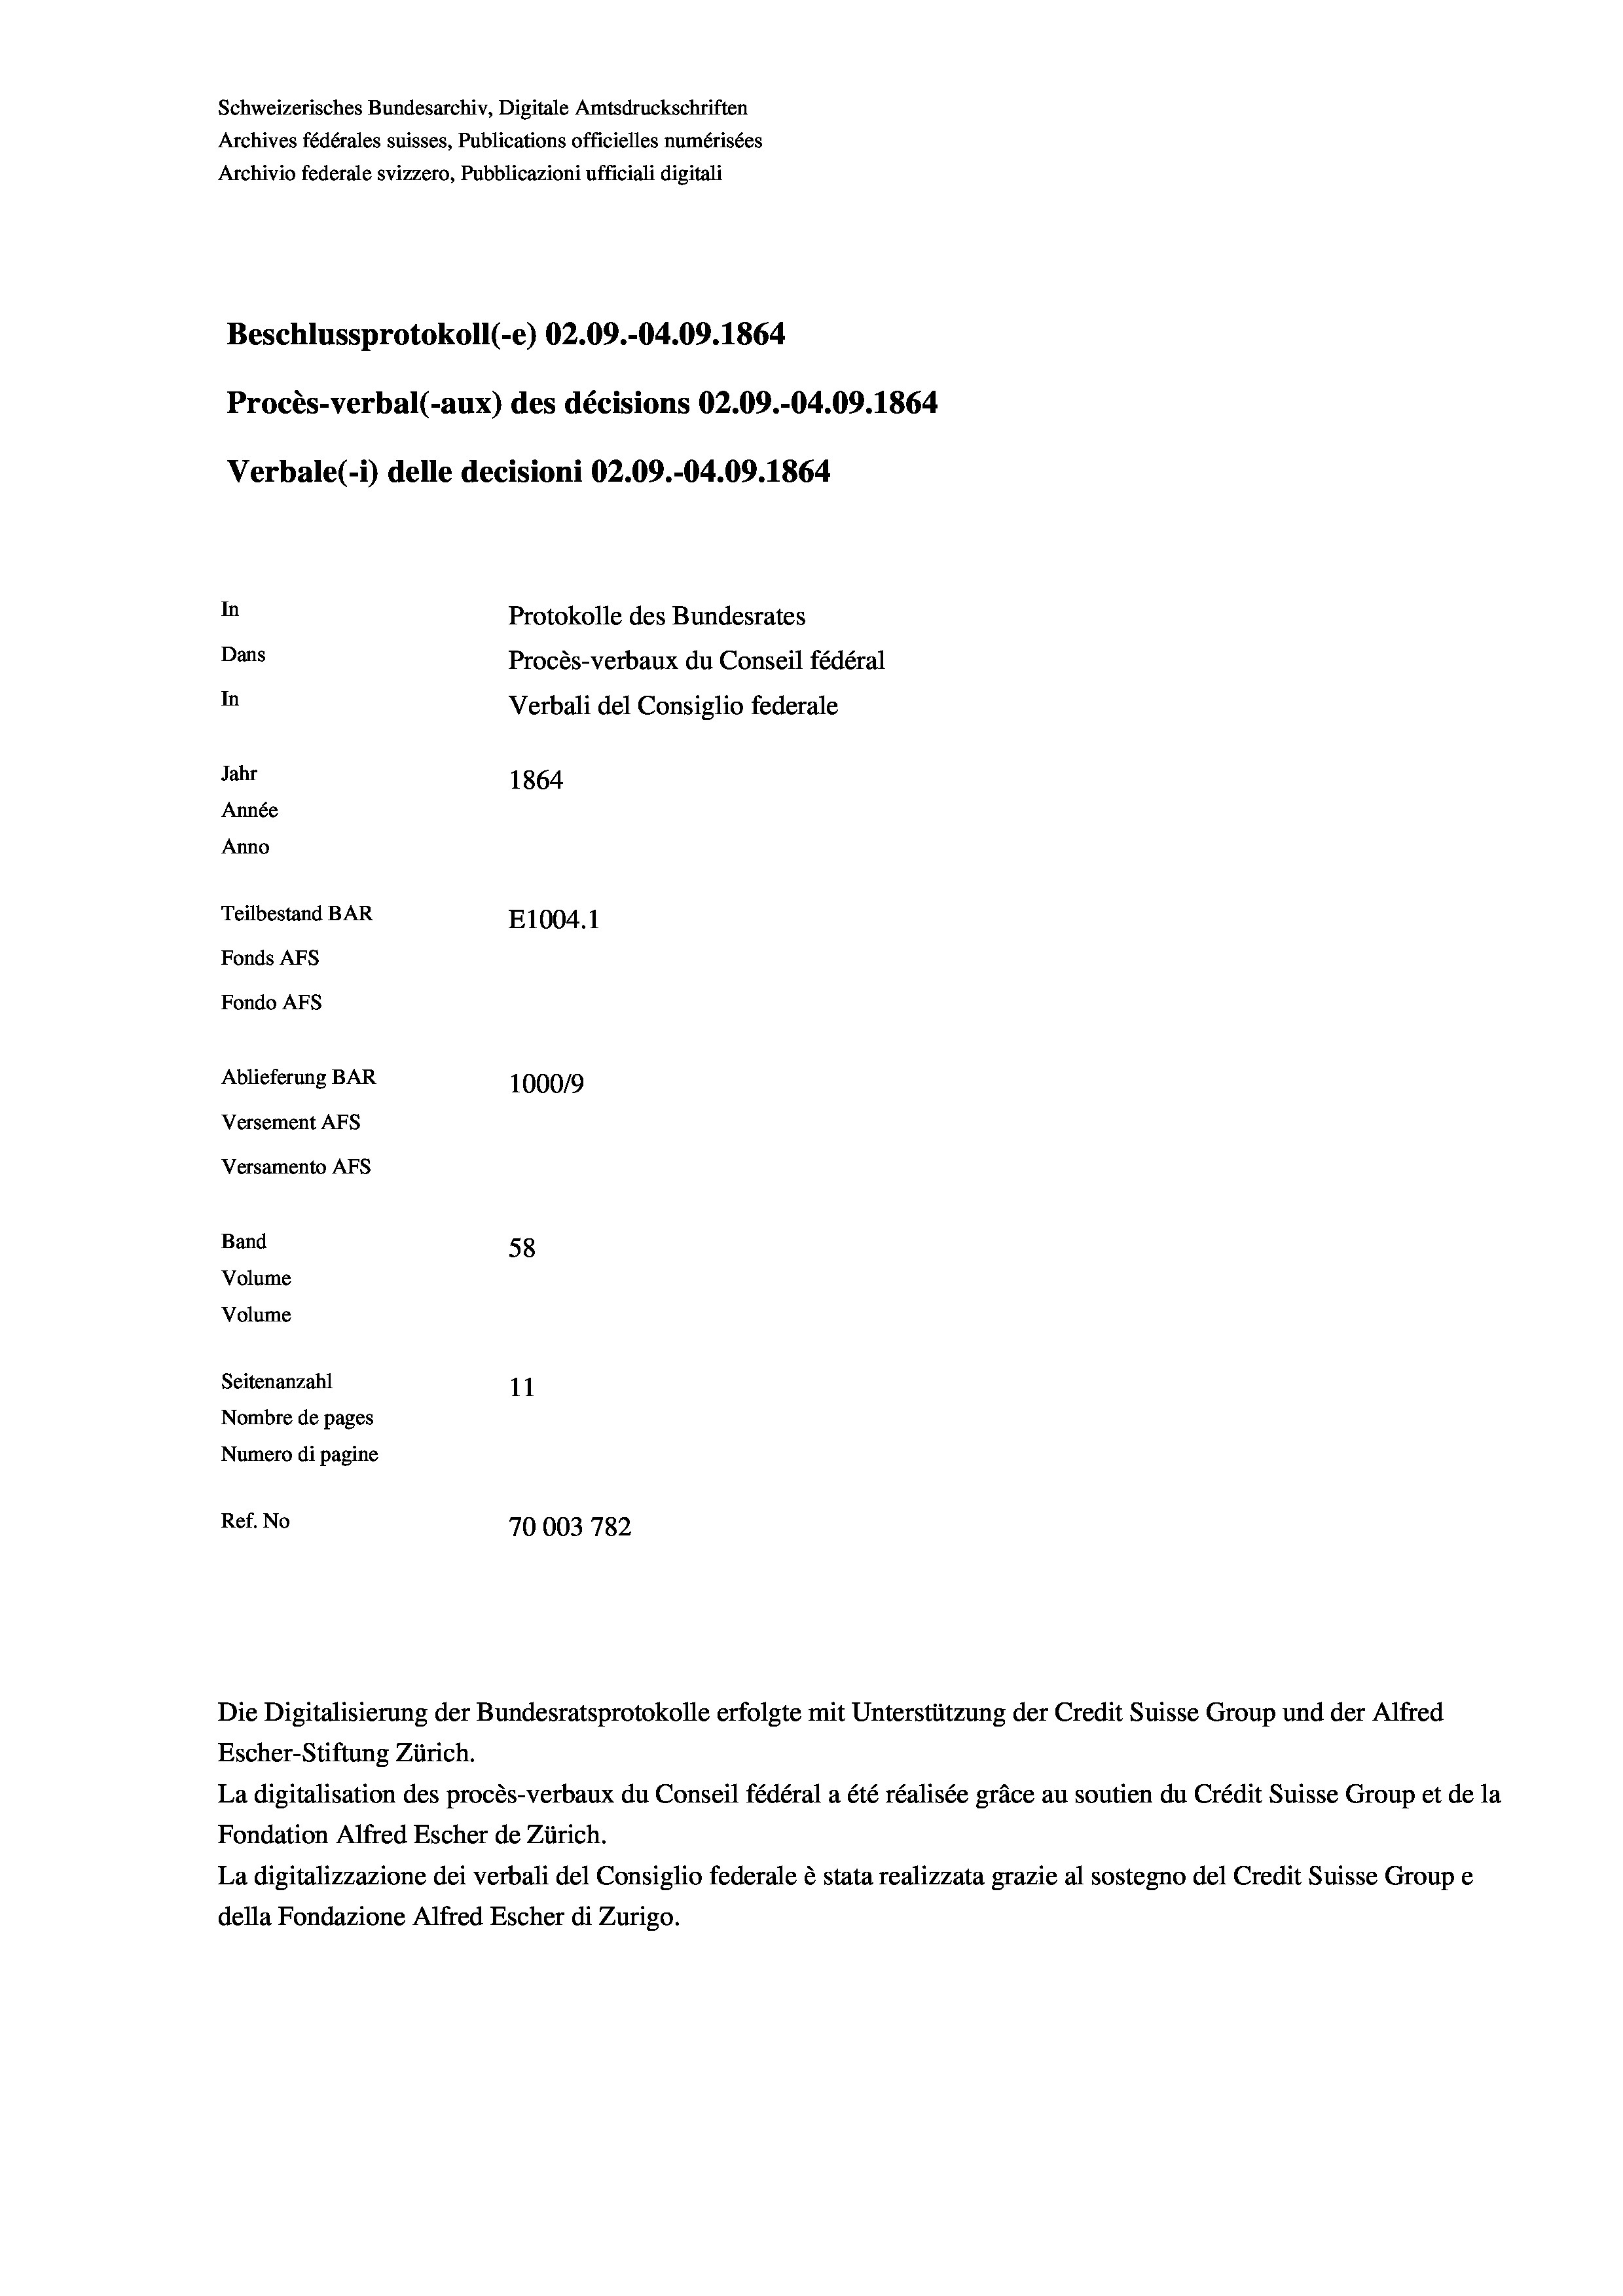
Schweizerisches Bundesarchiv, Digitale Amtsdruckschriften
Archives fédérales suisses, Publications officielles numérisées
Beschlussprotokoll (-e) 02.09.-04.09. 1864
Procès-verbal (-aux) des décisions 02.09.-04.09. 1864
Verbale (i) delle decisioni 02.09.-04.09. 1864
In
Protokolle des Bundesrates
Dans
Procès-verbaux du Conseil fédéral
In
Verbali del Consiglio federale
Jahr
1864
Année
Anno
Teilbestand BAR
E1004.1
Fonds AFs
Fondo Afs
Ablieferung BAR
100019
Versement AFs
Versamento AFS

Band
Volume
Volume

Archivio federale svizzero, Pubblicazioni ufficiali digitali

58
Seitenanzahl
11
Nombre de pages
Numero di pagine
Ref. No
70003 782

Escher-Stiftung Zürich.
La digitalisation des procès-verbaux du Conseil fédéral a été réalisée gräce au soutien du Crédit Suisse Group et de la
Fondation Alfred Escher de Zürich.
La digitalizzazione dei verbali del Consiglio federale è stata realizzata grazie al sostegno del Credit Suisse Groupe
della Fondazione Alfred Escher di Zurigo.

Die Digitalisierung der Bundesratsprotokolle erfolgte mit Unterstützung der Credit Suisse Group und der Alfred